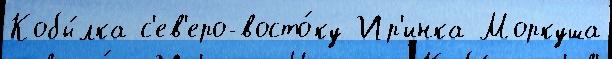
Кобы́лка с'ев'еро-восто́ку Ир'инка Моркуша